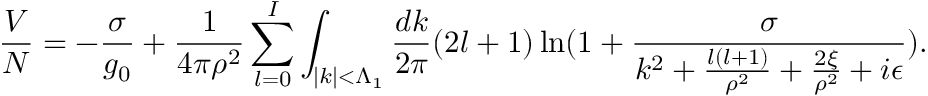
\frac { V } { N } = - \frac { \sigma } { g _ { 0 } } + \frac { 1 } { 4 \pi \rho ^ { 2 } } \sum _ { l = 0 } ^ { I } \int _ { | k | < \Lambda _ { 1 } } \frac { d k } { 2 \pi } ( 2 l + 1 ) \ln ( 1 + \frac { \sigma } { k ^ { 2 } + \frac { l ( l + 1 ) } { \rho ^ { 2 } } + \frac { 2 \xi } { \rho ^ { 2 } } + i \epsilon } ) .